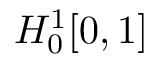
H _ { 0 } ^ { 1 } [ 0 , 1 ]